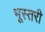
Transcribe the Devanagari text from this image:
भूस्तरी